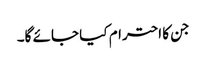
جن کا احترام کیا جائے گا۔